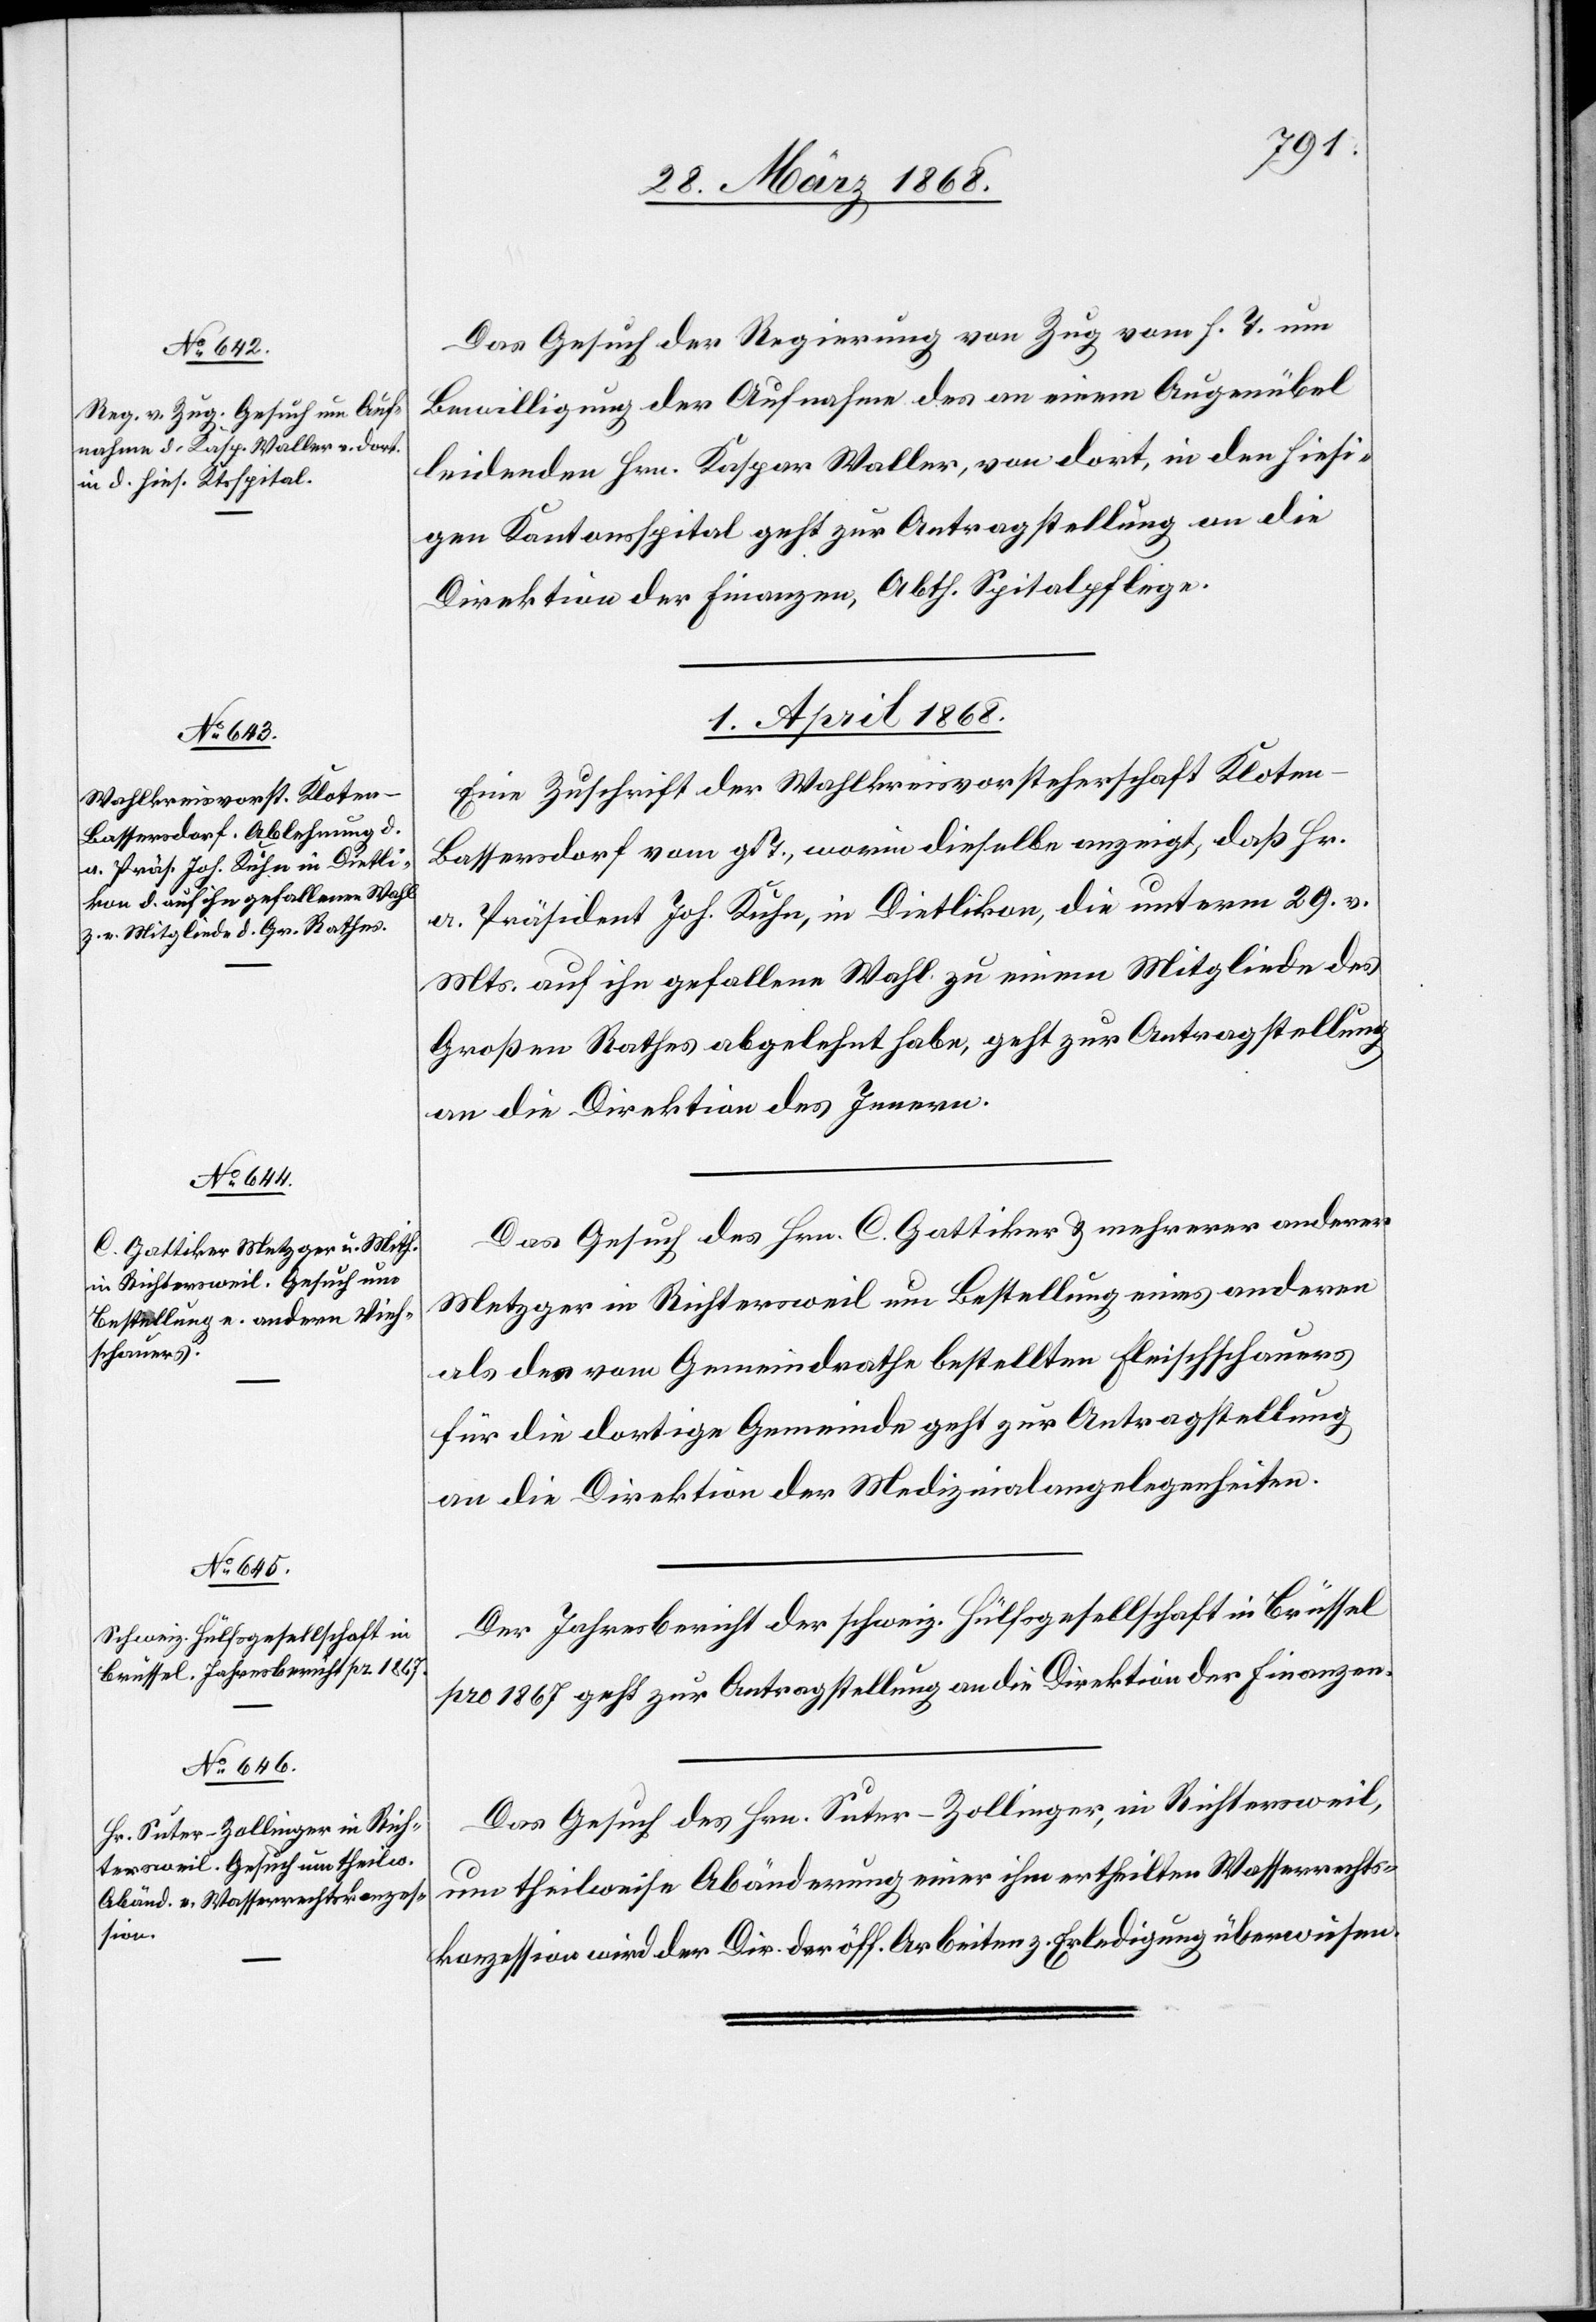
31. März 1868.]
Das Gesuch der Regierung von Zug vom h. T. um
Bewilligung der Aufnahme des an einem Augenübel
leidenden Hrn. Kaspar Waller, von dort, in den hiesi¬
gen Kantonsspital geht zur Antragstellung an die
Direktion der Finanzen, Abth. Spitalpflege.
1. April 1868.]
Eine Zuschrift der Wahlkreisvorsteherschaft Klote¬
n-Bassersdorf vom g. T., worin dieselbe anzeigt, daß Hr.
a. Präsident Joh. Kuhn, in Dietlikon, die unterm 29. v.
Mts. auf ihn gefallene Wahl zu einem Mitgliede des
Großen Rathes abgelehnt habe, geht zur Antragstellung
an die Direktion des Innern.
Das Gesuch des Hrn. C. Gattiker & mehrerer anderer
Metzger in Richtersweil um Bestellung eines anderen
als des vom Gemeindrathe bestellten Fleischschauers
für die dortige Gemeinde geht zur Antragstellung
an die Direktion der Medizinalangelegenheiten.
Der Jahresbericht der schweiz. Hülfsgesellschaft in Brüssel
pro 1867 geht zur Antragstellung an die Direktion der Finanzen.
Das Gesuch des Hrn. Suter-Zollinger, in Richtersweil,
um theilweise Abänderung einer ihm ertheilten Wasserrechts¬
konzession wird der Dir. der öff. Arbeiten z. Erledigung überwiesen.